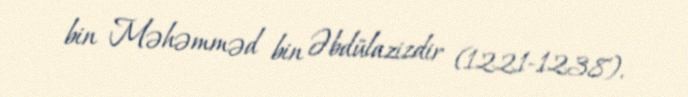
bin Məhəmməd bin Əbdülazizdir (1221-1238).